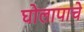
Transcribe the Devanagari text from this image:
घोलापाचे